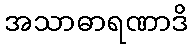
အသာဓာရဏာဒိ